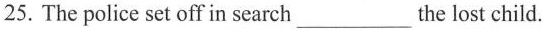
25. The police set off in search___the lost child.